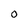
Character: O